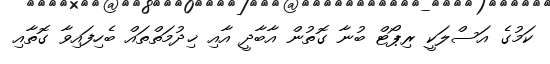
ކަމުގެ އަސްލަކީ ރިޕޯޓް ބުނާ ގޮތުން އާބާދީ އާއި ޚިދުމަތްތައް ބެހިފައިވާ ގޮތާއި